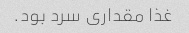
غذا مقداری سرد بود.